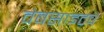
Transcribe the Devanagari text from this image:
वेबसाइटचे